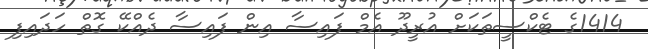
1414ގެ ޓެކްސީތަކަށް އުރީދޫ އެމް ފައިސާ އިން ފައިސާ ދެއްކޭ ގޮތް ހަދައިފި